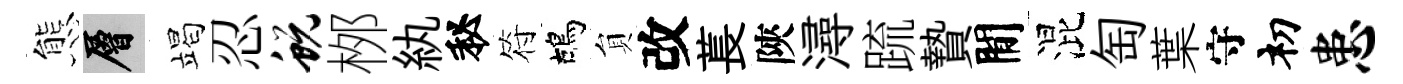
態層竭忍蜕桞紈秘符鴣貟改萇陝潯䟽贄閒混匋葉守𥘉患